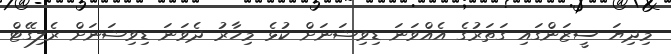
މިދިޔަ ސީޒަންގައި ގަތަރުގެ އެއްވަނަ ޑިވިޝަނަށް ކުޅެ މިހާރު ދެވަނަ ޑިވިޝަނަށް ރެލިގޭޓް